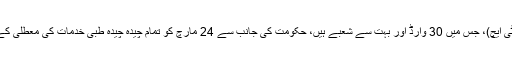
پشاور میں خیبر ٹیچنگ ہسپتال (کے ٹی ایچ)، جس میں 30 وارڈ اور بہت سے شعبے ہیں، حکومت کی جانب سے 24 مارچ کو تمام چیدہ چیدہ طبی خدمات کی معطلی کے اعلان کے بعد سے ویران پڑے ہیں۔